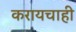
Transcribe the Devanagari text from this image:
करायचाही